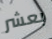
بعشر